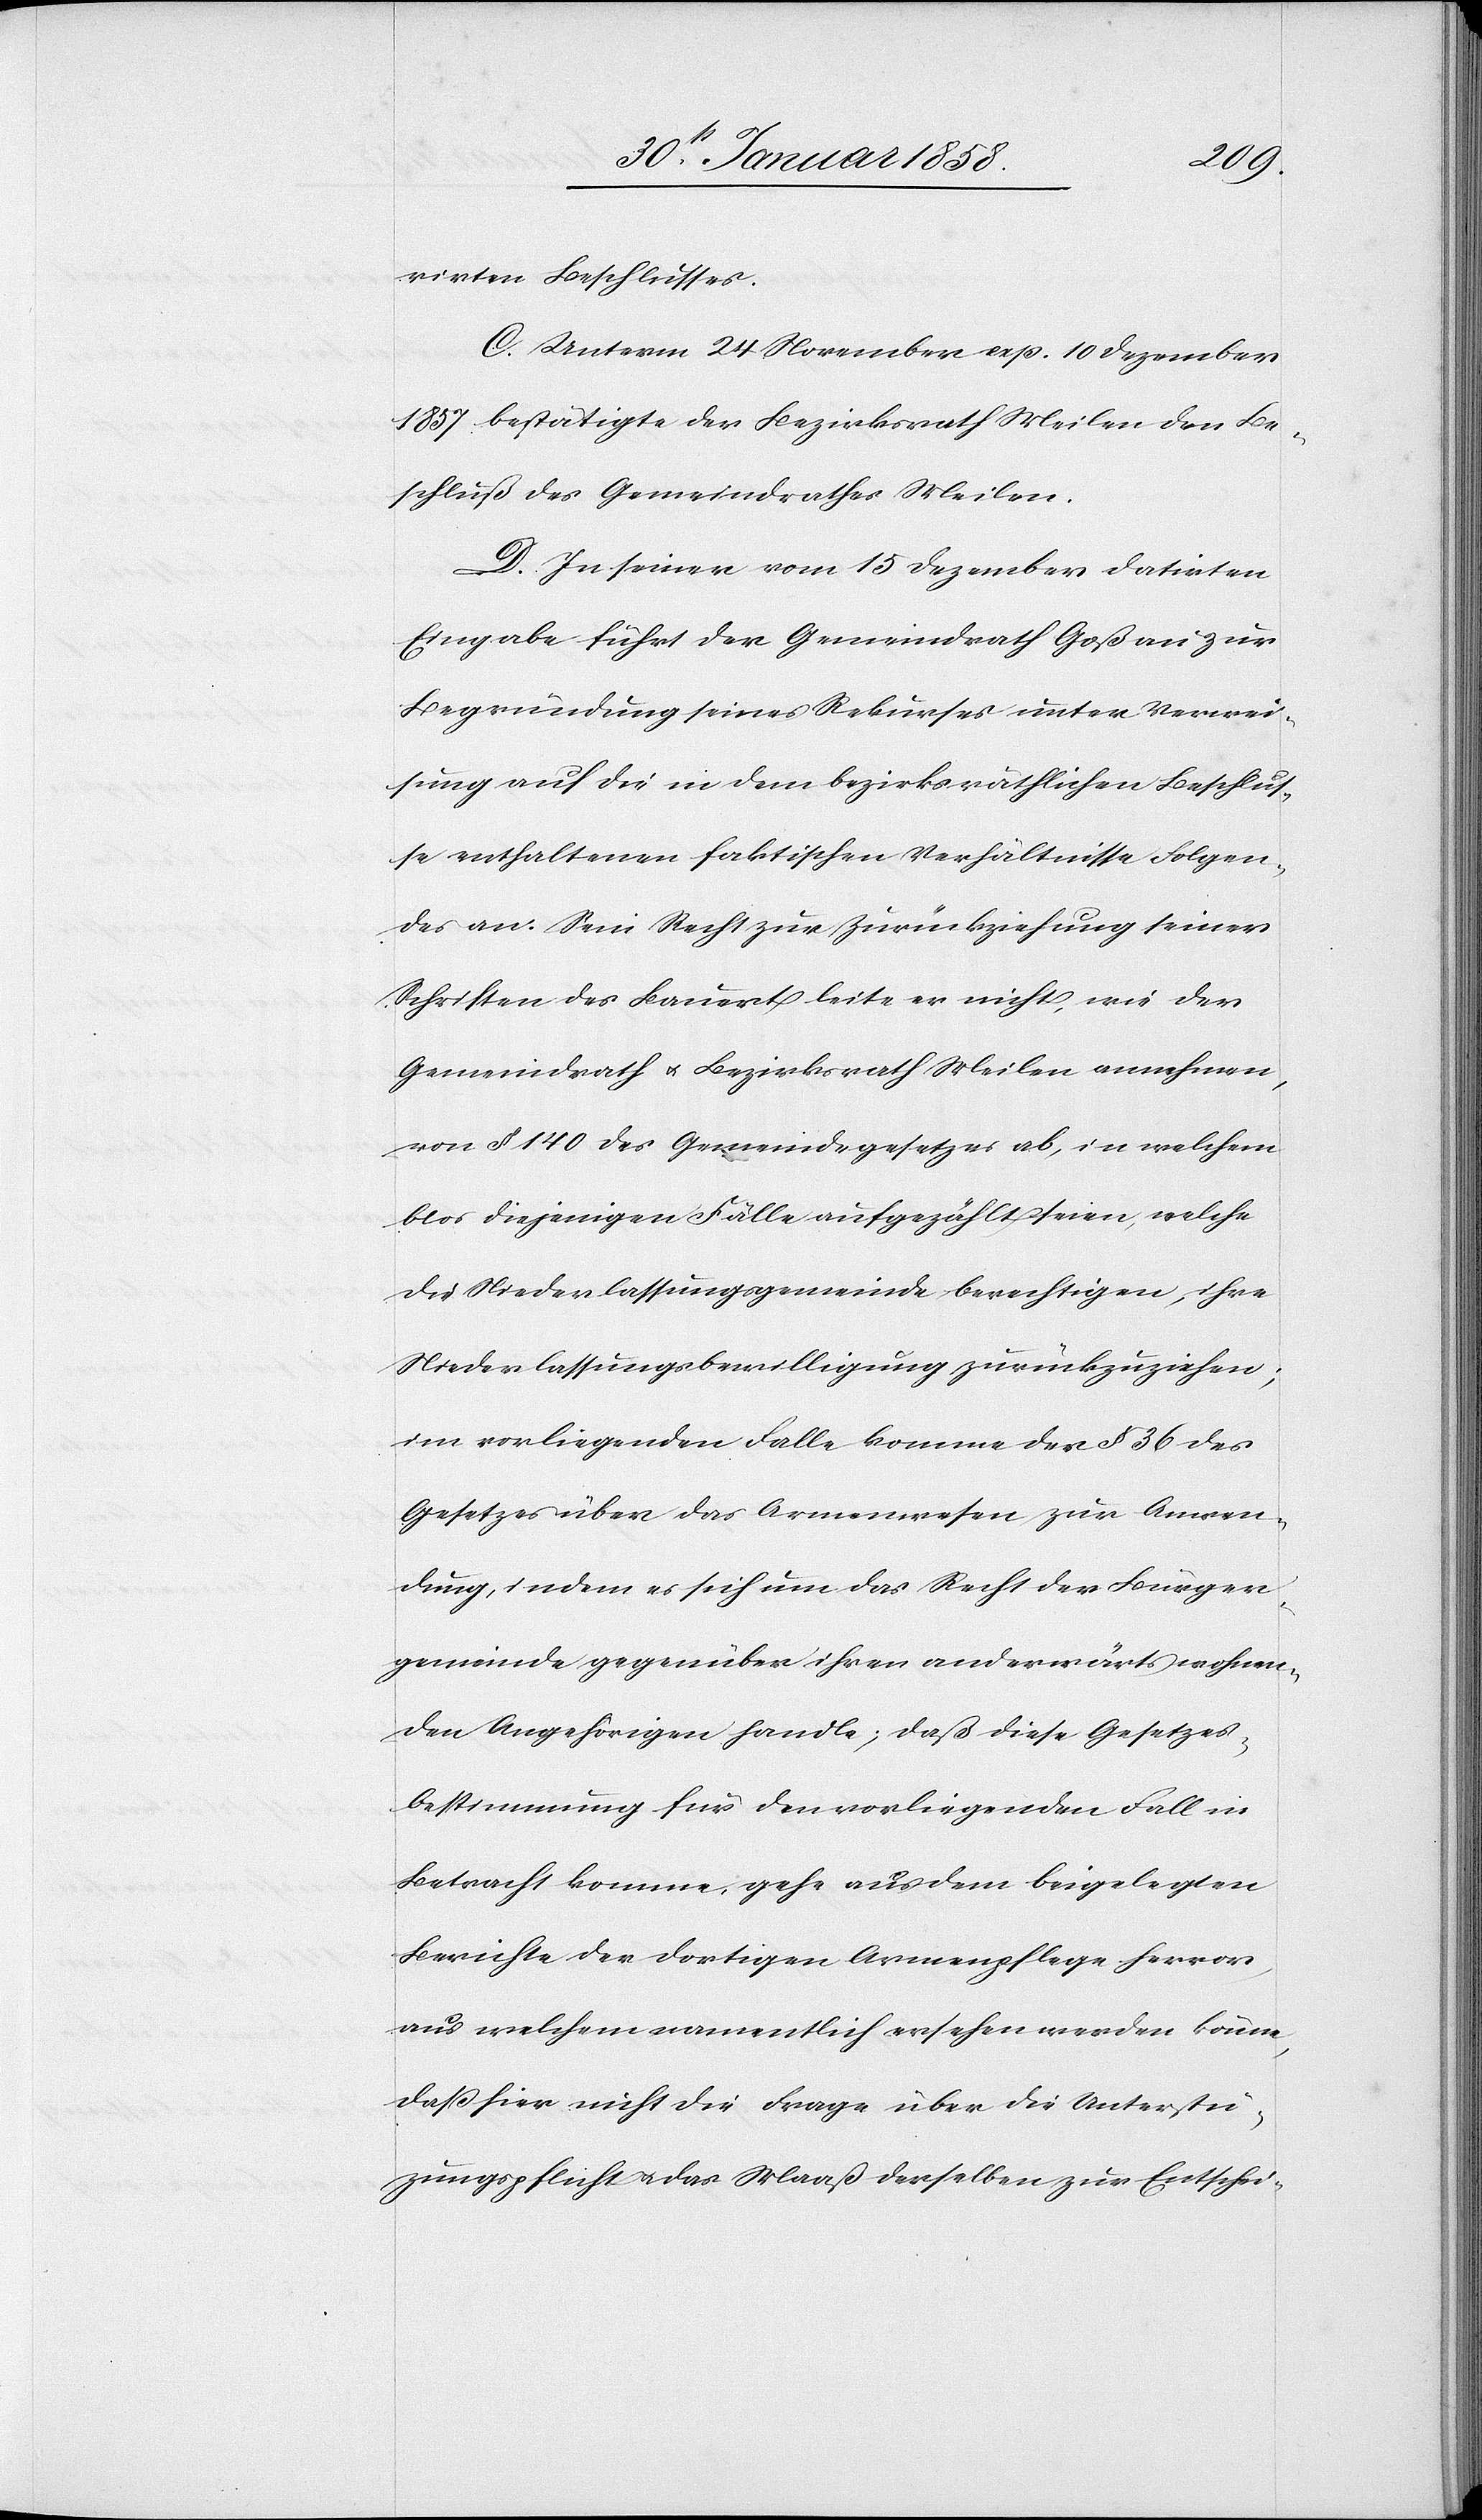
rirten Beschlusses.
C. Unterm 24 November resp. 10. Dezember
1857 bestätigte der Bezirksrath Meilen den Be¬
schluß des Gemeindrathes Meilen.
D. In seiner vom 15 Dezember datirten
Eingabe führt der Gemeindrath Goßau zur
Begründung seines Rekurses unter Verwei¬
sung auf die in dem bezirksräthlichen Beschlus¬
se enthaltenen faktischen Verhältnisse Folgen¬
des an: Sein Recht zur Zurückziehung seiner
Schreiben des Bauert leite er nicht, wie der
Gemeindrath u. Bezirksrath Meilen annehmen,
von § 140 des Gemeindegesetzes ab, in welchem
blos diejenigen Fälle aufgezählt seien, welche
die Niederlassungsgemeinde berechtigen, ihre
Niederlassungsbewilligung zurückzuziehen;
im vorliegenden Falle komme der § 36 des
Gesetzes über das Armenwesen zur Anwen¬
dung, indem es sich um das Recht der Bürger¬
gemeinde gegenüber ihren anderwärts wohnen¬
den Angehörigen handle; daß diese Gesetzes¬
bestimmung für den vorliegenden Fall in
Betracht komme, gehe aus dem beigelegten
Berichte der dortigen Armenpflege hervor,
aus welchem namentlich ersehen werden könne,
daß hier nicht die Frage über die Unterstüt¬
zungspflicht u. das Maaß derselben zur Entschei-